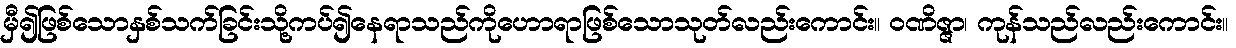
မှီ၍ဖြစ်သောနှစ်သက်ခြင်းသို့ကပ်၍နေရာသည်ကိုဟောရာဖြစ်သောသုတ်လည်းကောင်း။ ဝဏိဇ္ဇာ၊ ကုန်သည်လည်းကောင်း။